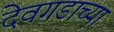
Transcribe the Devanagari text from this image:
देवगडाच्या